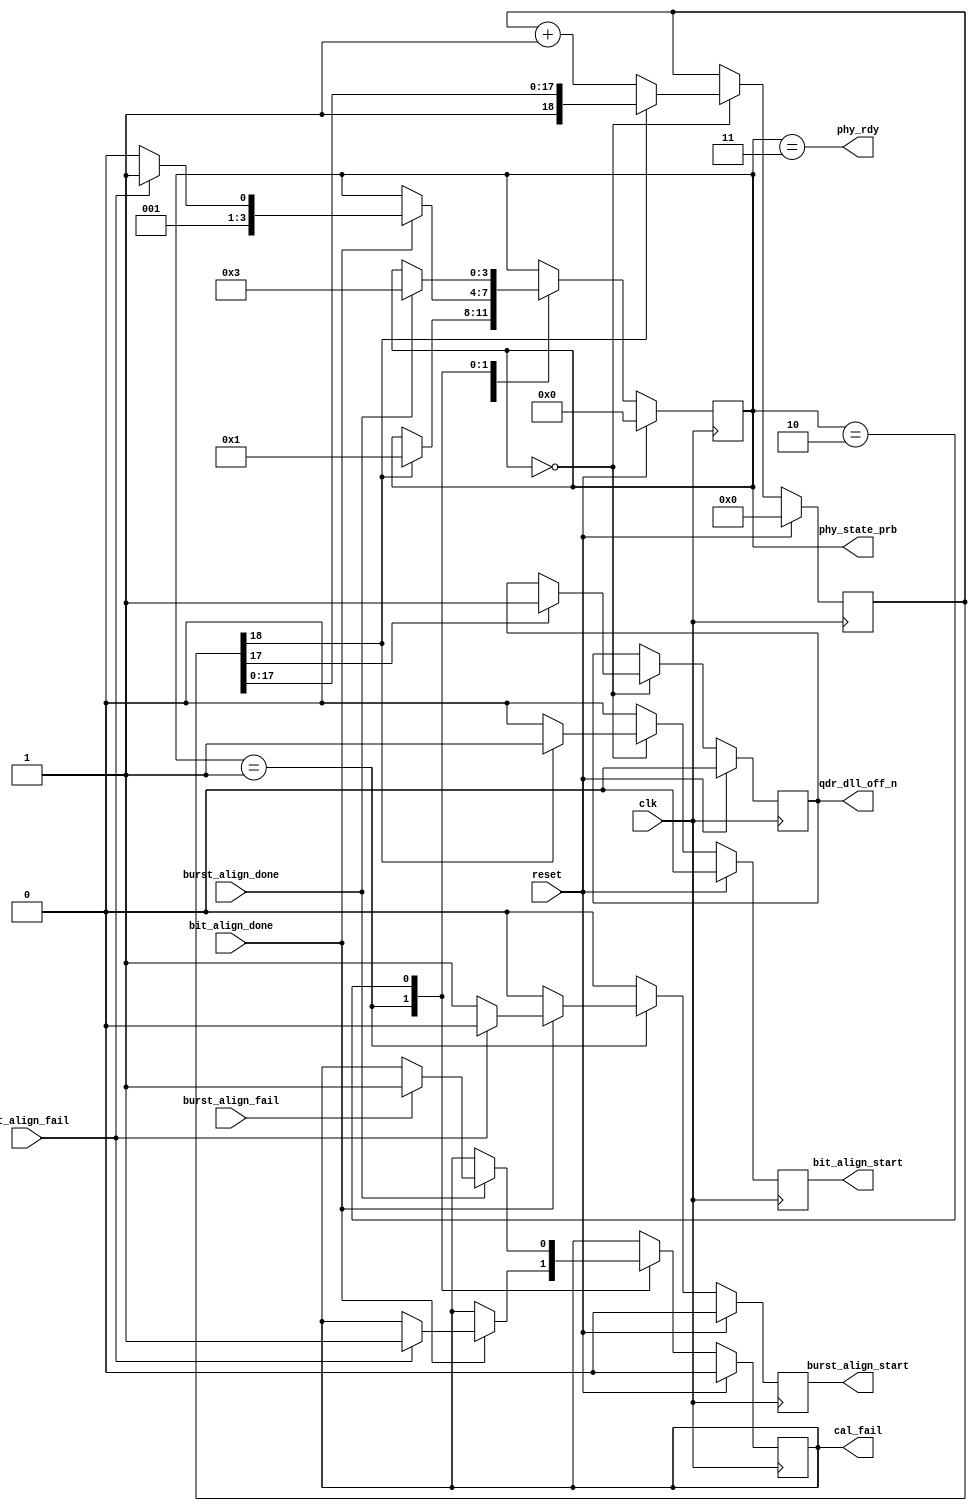
module qdrc_phy_sm(
    clk,
    reset,
    /* qdr_dll_off_n signal */
    qdr_dll_off_n,
    /* PHY status signals */
    phy_rdy,
    cal_fail,
    /* Bit and burst alignment signals */
    bit_align_start,
    bit_align_done,
    bit_align_fail,
    burst_align_start,
    burst_align_done,
    burst_align_fail,
    /* Debug probes */ 
    phy_state_prb
  );
  input  clk, reset;
  output qdr_dll_off_n;
  output phy_rdy, cal_fail;

  output bit_align_start;
  input  bit_align_done,   bit_align_fail;
  output burst_align_start;
  input  burst_align_done, burst_align_fail;

  output [3:0] phy_state_prb;

  reg [3:0] phy_state;
  assign phy_state_prb = phy_state;

  localparam STATE_DLLOFF      = 4'd0; //d0 is 0, 4 bits will store up to d15
  localparam STATE_BIT_ALIGN   = 4'd1;
  localparam STATE_BURST_ALIGN = 4'd2;
  localparam STATE_DONE        = 4'd3;

  reg [18:0] wait_counter;
  /* qdr_dll_off needs to be held high for 2048 cycle after reset is
   * released
   */

  reg bit_align_start, burst_align_start;
  reg cal_fail;

  reg qdr_dll_off_n_reg;
  assign qdr_dll_off_n = qdr_dll_off_n_reg;
  assign phy_rdy       = phy_state == STATE_DONE; // not sure what this means... but it is the only place that phy_rdy is set

  always @(posedge clk) begin
    /* Single Cycle Strobes */
    bit_align_start   <= 1'b0;
    burst_align_start <= 1'b0;

    if (reset) begin
      cal_fail     <= 1'b0;
      wait_counter <= 14'b0; //set to 14?!?! why not 18???  set lowest 14 bits to 0?  leave the rest as they are?
      phy_state    <= STATE_DLLOFF;
      qdr_dll_off_n_reg <= 1'b0; //start with dlls disabled
    end else begin
      case (phy_state)
        STATE_DLLOFF: begin
          if (wait_counter[18] == 1'b1) begin // why look at the 18th spot when only 14 bits long?
            phy_state    <= STATE_BIT_ALIGN;
            bit_align_start <= 1'b1;
          end else begin
            wait_counter <= wait_counter + 1;
          end
          if (wait_counter[17]) //what is the diff between this and the previous if statement other than 17 and 18?  is == needed?
            qdr_dll_off_n_reg <= 1'b1; //enabled
        end
        STATE_BIT_ALIGN: begin
          if (bit_align_done) begin
            if (bit_align_fail) begin
              cal_fail  <= 1'b1;
              phy_state <= STATE_DONE;
            end else begin
              phy_state <= STATE_BURST_ALIGN;
              burst_align_start <= 1'b1;
            end
          end
        end
        STATE_BURST_ALIGN: begin
          if (burst_align_done) begin
            if (burst_align_fail) begin
              cal_fail <= 1'b1;
            end
            phy_state <= STATE_DONE;
          end
        end
        STATE_DONE: begin
        end
      endcase
    end
  end

endmodule